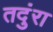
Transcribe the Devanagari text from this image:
तदुंरा